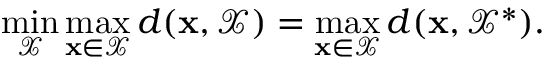
\operatorname* { m i n } _ { \mathcal { X } } \operatorname* { m a x } _ { \mathbf { x } \in \mathcal { X } } d ( \mathbf { x } , \mathcal { X } ) = \operatorname* { m a x } _ { \mathbf { x } \in \mathcal { X } } d ( \mathbf { x } , \mathcal { X } ^ { * } ) .